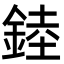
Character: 錴